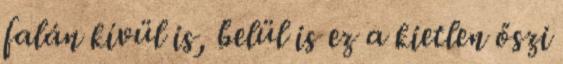
falán kívül is, belül is ez a kietlen őszi